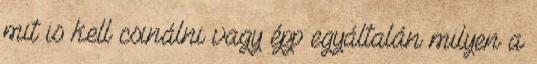
mit is kell csinálni vagy épp egyáltalán milyen a